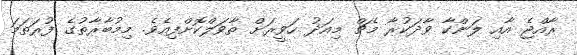
ރާއްޖެ އާއި ލަންކާ ވާދަކުރާ މެޗް މިއަދު ހަވީރަށް ތާވަލްކޮށްފިއެވެ. މިމުބާރާތުގެ ފުރަތަމަ